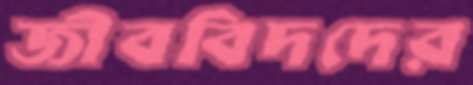
জীববিদদের